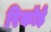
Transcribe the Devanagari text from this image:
रिकॉर्ड़